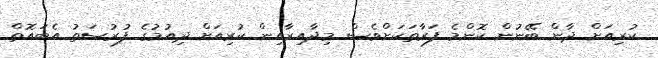
ކުރިއަށް ދާން ބޭނުން ކޮންމެ ފަރާތަކަށްވެސް މިދާއިރާއިން ކުރިއަށް ދިއުމުގެ ފުރުސަތު އެބައޮތް